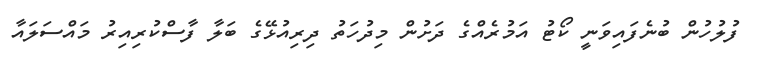
ފުލުހުން ބުނެފައިވަނީ ކޯޓު އަމުރެއްގެ ދަށުން މިދުހަތު ދިރިއުޅޭގެ ބަލާ ފާސްކުރިއިރު މައްސަލައާ